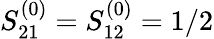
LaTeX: S_{21}^{(0)}=S_{12}^{(0)}=1/2